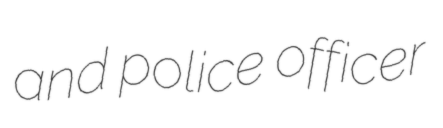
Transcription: and police officer